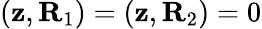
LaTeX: ({\mathbf z},{\mathbf R}_{1})=({\mathbf z},{\mathbf R}_{2})=0